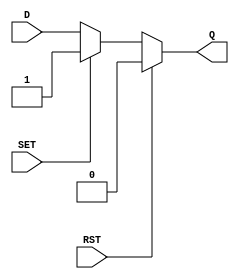
module async_register (
    input wire D,       // Data input
    input wire SET,     // Asynchronous set control
    input wire RST,     // Asynchronous reset control
    output reg Q        // Data output
);

    always @(*) begin
        if (RST) begin
            Q <= 1'b0;   // Asynchronous reset takes priority
        end else if (SET) begin
            Q <= 1'b1;   // Asynchronous set takes priority
        end else begin
            Q <= D;      // Capture data input when both SET and RST are low
        end
    end

endmodule